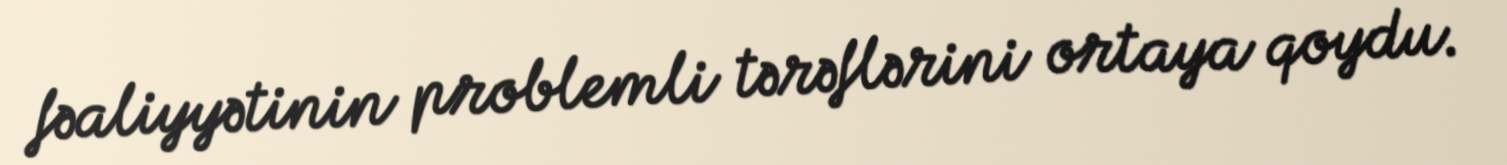
fəaliyyətinin problemli tərəflərini ortaya qoydu.